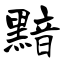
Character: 黯